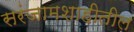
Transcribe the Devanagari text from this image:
सरंजामशाहीतील